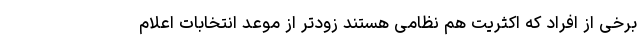
برخی از افراد که اکثریت هم نظامی هستند زودتر از موعد‌ انتخابات اعلام